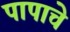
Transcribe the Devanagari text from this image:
पापाचे